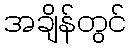
အချိန်တွင်